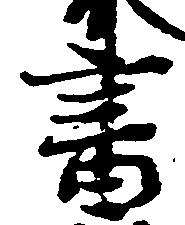
書